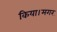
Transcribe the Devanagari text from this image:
किया।मगर